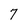
Character: 7